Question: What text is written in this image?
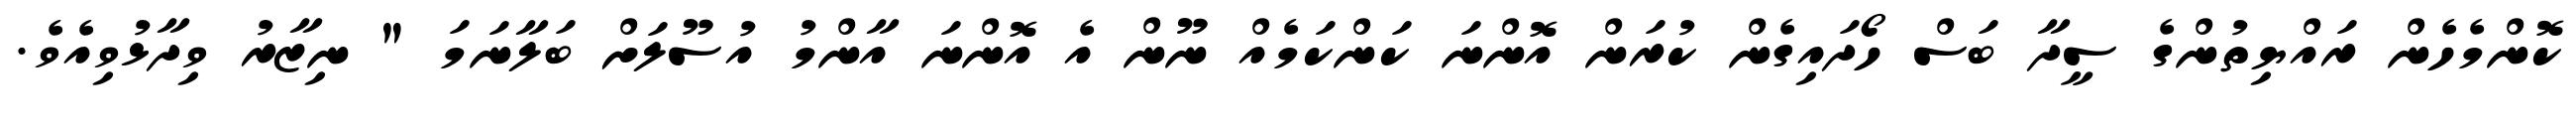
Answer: ކޮންމެހެން ރައްޔިތުންގެ ސީދާ ބަސް ހޯދައިގެން ކުރަން އޮންނަ ކަންކަމެއް ނޫން އެ އޮންނަ އާންމު އުސޫލަށް ބަލާނަމަ " ނިޒާރު ވިދާޅުވިއެވެ.